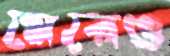
মেরেও